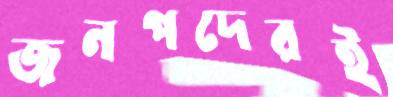
জনপদেরই